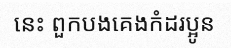
នេះ ពួកបងគេងកំដរប្អូន